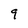
Character: 9